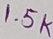
Text: 1.5K